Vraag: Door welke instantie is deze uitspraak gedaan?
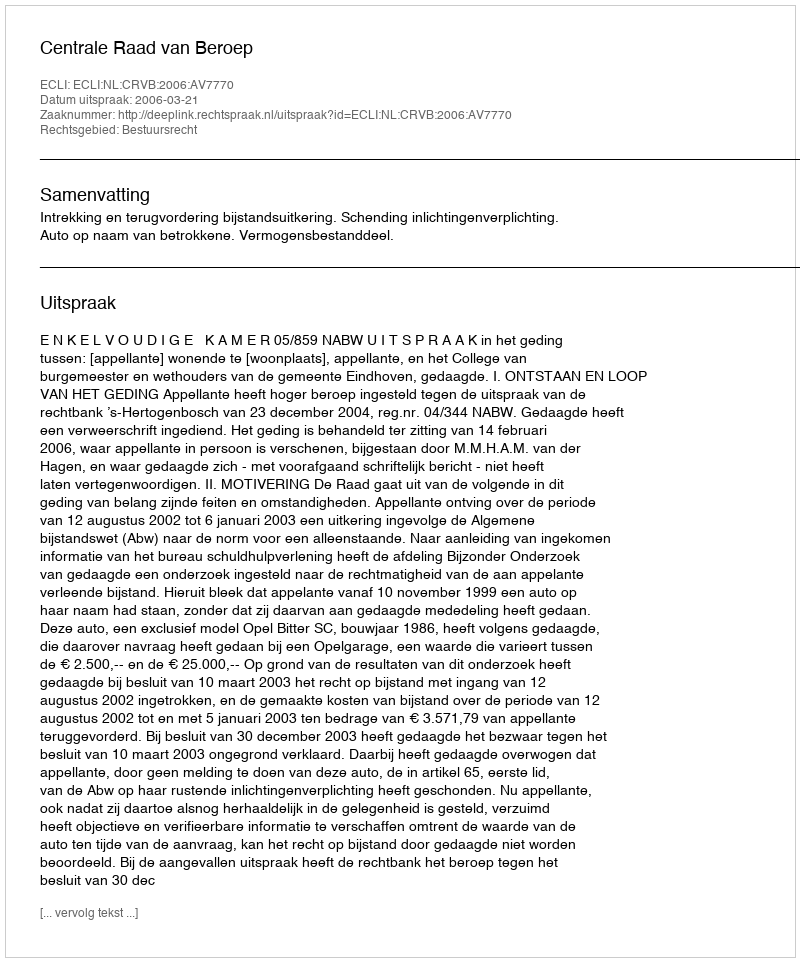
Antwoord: Centrale Raad van Beroep